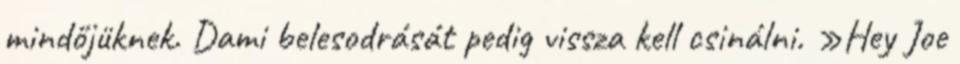
mindőjüknek. Dami belesodrását pedig vissza kell csinálni. »Hey Joe